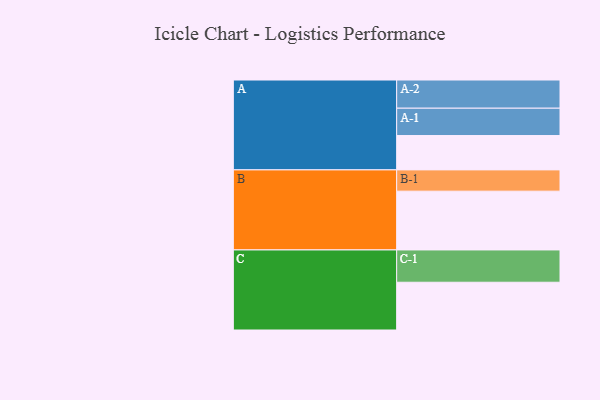
{"axis": {"x": "Segment", "y": "Value"}, "legend": ["", "A", "B", "C"], "data": [{"x": "A", "y": 318, "type": ""}, {"x": "B", "y": 544, "type": ""}, {"x": "C", "y": 442, "type": ""}, {"x": "A-1", "y": 253, "type": "A"}, {"x": "A-2", "y": 261, "type": "A"}, {"x": "B-1", "y": 197, "type": "B"}, {"x": "C-1", "y": 299, "type": "C"}]}